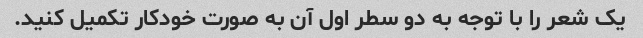
یک شعر را با توجه به دو سطر اول آن به صورت خودکار تکمیل کنید.